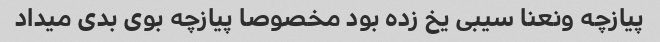
پیازچه ونعنا سیبی یخ زده بود مخصوصا پیازچه بوی بدی میداد